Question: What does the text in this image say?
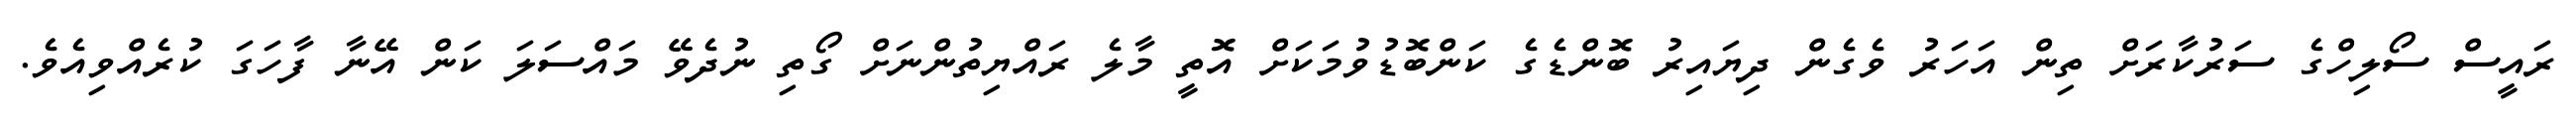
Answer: ރައީސް ސޯލިހްގެ ސަރުކާރަށް ތިން އަހަރު ވެގެން ދިޔައިރު ބޮންޑެގެ ކަންބޮޑުވުމަކަށް އޮތީ މާލެ ރައްޔިތުންނަށް ގޯތި ނުދެވޭ މައްސަލަ ކަން އޭނާ ފާހަގަ ކުރެއްވިއެވެ.